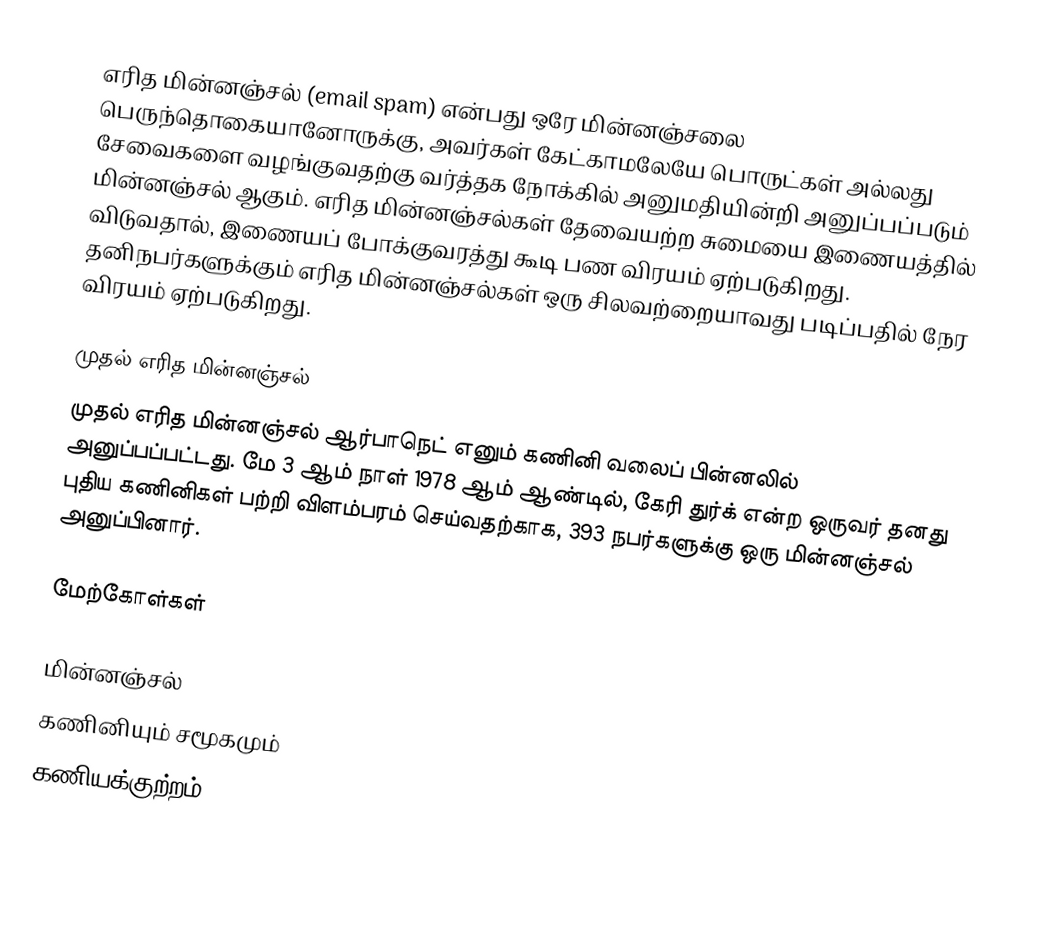
எரித மின்னஞ்சல் (email spam) என்பது  ஒரே மின்னஞ்சலை பெருந்தொகையானோருக்கு, அவர்கள் கேட்காமலேயே பொருட்கள் அல்லது சேவைகளை வழங்குவதற்கு வர்த்தக நோக்கில் அனுமதியின்றி அனுப்பப்படும் மின்னஞ்சல் ஆகும். எரித மின்னஞ்சல்கள் தேவையற்ற சுமையை இணையத்தில் விடுவதால், இணையப் போக்குவரத்து கூடி பண விரயம் ஏற்படுகிறது. தனிநபர்களுக்கும் எரித மின்னஞ்சல்கள் ஒரு சிலவற்றையாவது படிப்பதில் நேர விரயம் ஏற்படுகிறது.

முதல் எரித மின்னஞ்சல்
முதல் எரித மின்னஞ்சல் ஆர்பாநெட் எனும் கணினி வலைப் பின்னலில் அனுப்பப்பட்டது. மே 3 ஆம் நாள் 1978 ஆம் ஆண்டில், கேரி துர்க் என்ற ஒருவர் தனது புதிய கணினிகள் பற்றி விளம்பரம் செய்வதற்காக, 393 நபர்களுக்கு  ஒரு மின்னஞ்சல் அனுப்பினார்.

மேற்கோள்கள்

மின்னஞ்சல்
கணினியும் சமூகமும்
கணியக்குற்றம்